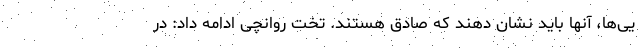
یی‌ها، آنها باید نشان دهند که صادق هستند. تخت روانچی ادامه داد: در